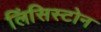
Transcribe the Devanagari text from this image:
लिंसिस्टोन